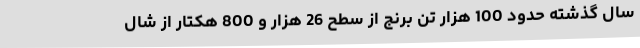
سال گذشته حدود 100 هزار تن برنج از سطح 26 هزار و 800 هکتار از شال